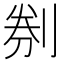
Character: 㓬